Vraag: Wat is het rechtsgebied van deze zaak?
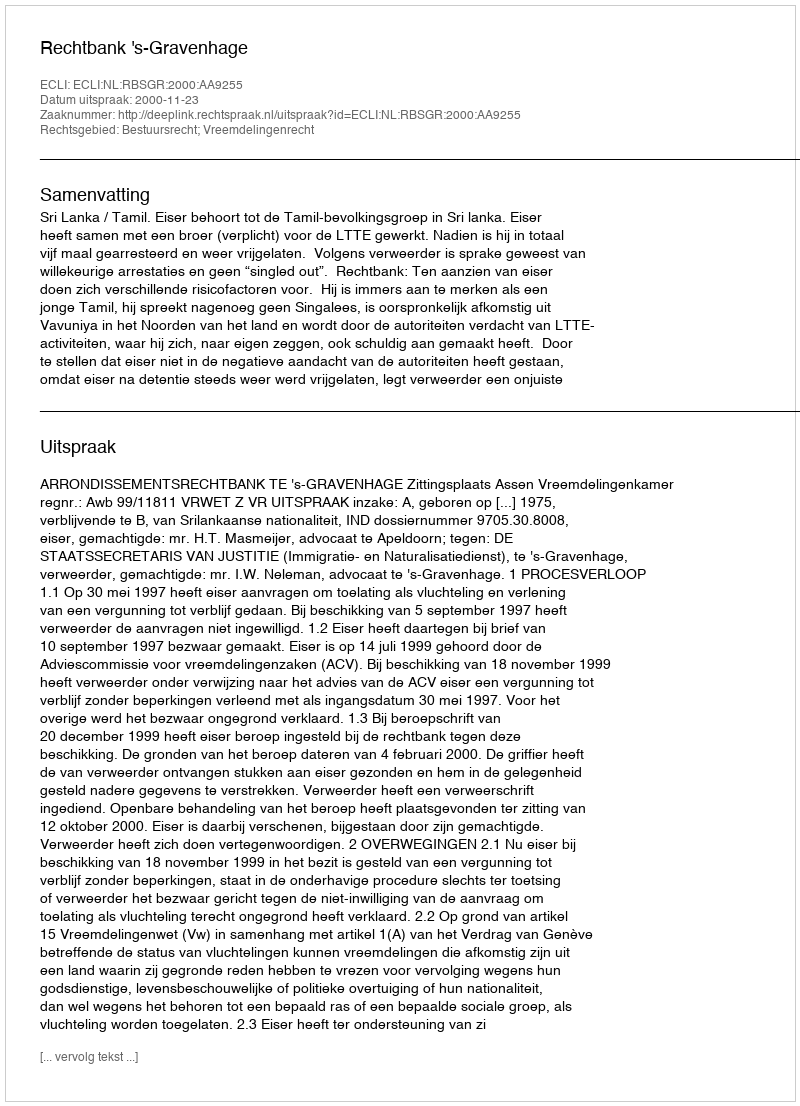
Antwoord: Bestuursrecht; Vreemdelingenrecht